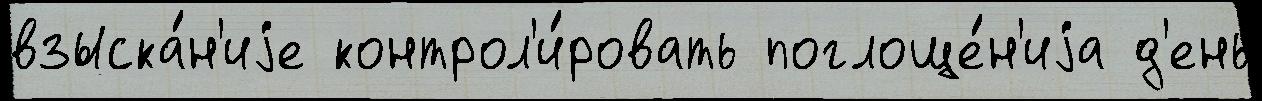
взыска́н'иjе контрол'и́ровать поглоще́н'иjа д'ень